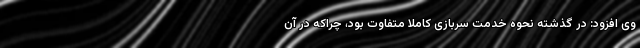
وی افزود: در گذشته نحوه خدمت سربازی کاملا متفاوت بود، چراکه در آن